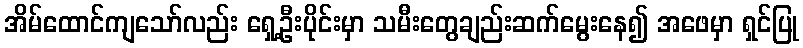
အိမ်ထောင်ကျသော်လည်း ရှေ့ဦးပိုင်းမှာ သမီးတွေချည်းဆက်မွေးနေ၍ အဖေမှာ ရှင်ပြု